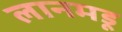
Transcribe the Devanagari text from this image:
लानमडू